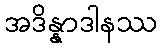
အဒိန္နာဒါနဿ